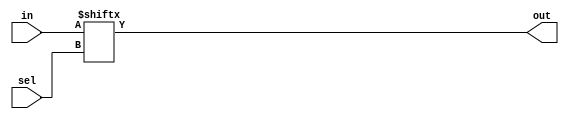
module mux #(
    parameter N = 1 //number of selectors
    
) (
    in,
    out,
    sel,
);

input [((2 ** N) - 1) : 0] in;
input [N-1: 0] sel;
output out;

assign out = in[sel];

endmodule